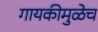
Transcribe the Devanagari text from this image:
गायकीमुळेच